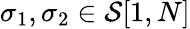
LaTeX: \sigma_{1},\sigma_{2}\in\mathcal{S}[1,{N}]